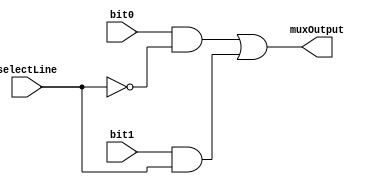
module MUX2to1(input bit0, bit1, selectLine, output muxOutput );
    wire andResult0, andResult1;
    and (andResult0, bit0, ~selectLine),
        (andResult1, bit1, selectLine);
    or (muxOutput, andResult0, andResult1);
endmodule